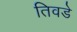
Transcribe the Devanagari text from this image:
तिवडे